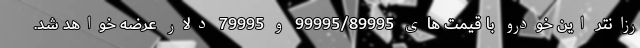
رزانتر این خودرو با قیمت های 99995/89995 و 79995 دلار عرضه خواهد شد.